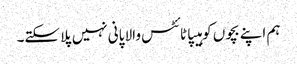
ہم اپنے بچوں کو ہیپاٹائٹس والا پانی نہیں پلا سکتے۔